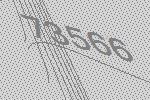
73566